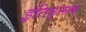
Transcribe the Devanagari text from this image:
इतिवृत्मक